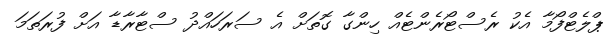
ޕްލެޓްފޯމާ އެކު ރެސްޓޯރެންޓެއް ހިންގާ ގޮތަށް އެ ސަރަހައްދު ސްޓާރާޑާ އަށް ފުރަތަމަ